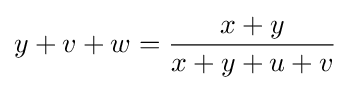
y+v+w={\frac {x+y}{x+y+u+v}}